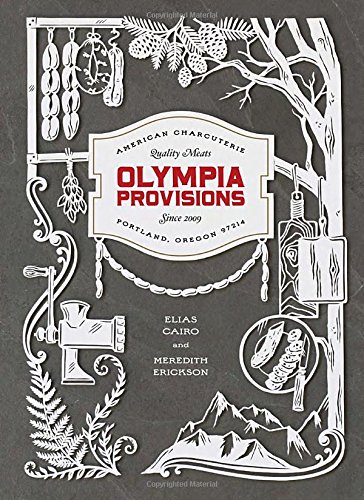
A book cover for Olympia Provisions: Cured Meats and Tales from an American Charcuterie; Elias Cairo; Cookbooks, Food & Wine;